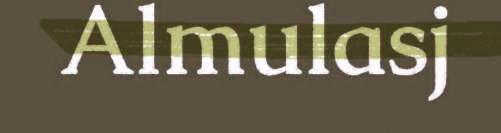
Almulasj